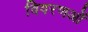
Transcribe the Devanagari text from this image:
विवरणओं